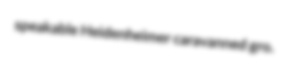
speakable Heidenheimer caravanned gro.